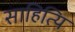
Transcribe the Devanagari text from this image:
साहित्यि